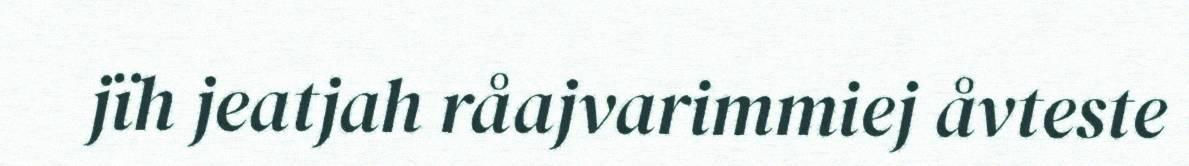
jïh jeatjah råajvarimmiej åvteste